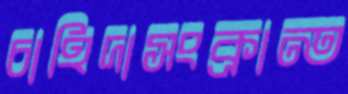
চাহিদাসংক্রান্ত